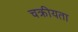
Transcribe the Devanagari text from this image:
चक्रीयता